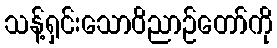
သန့်ရှင်းသောဝိညာဉ်တော်ကို